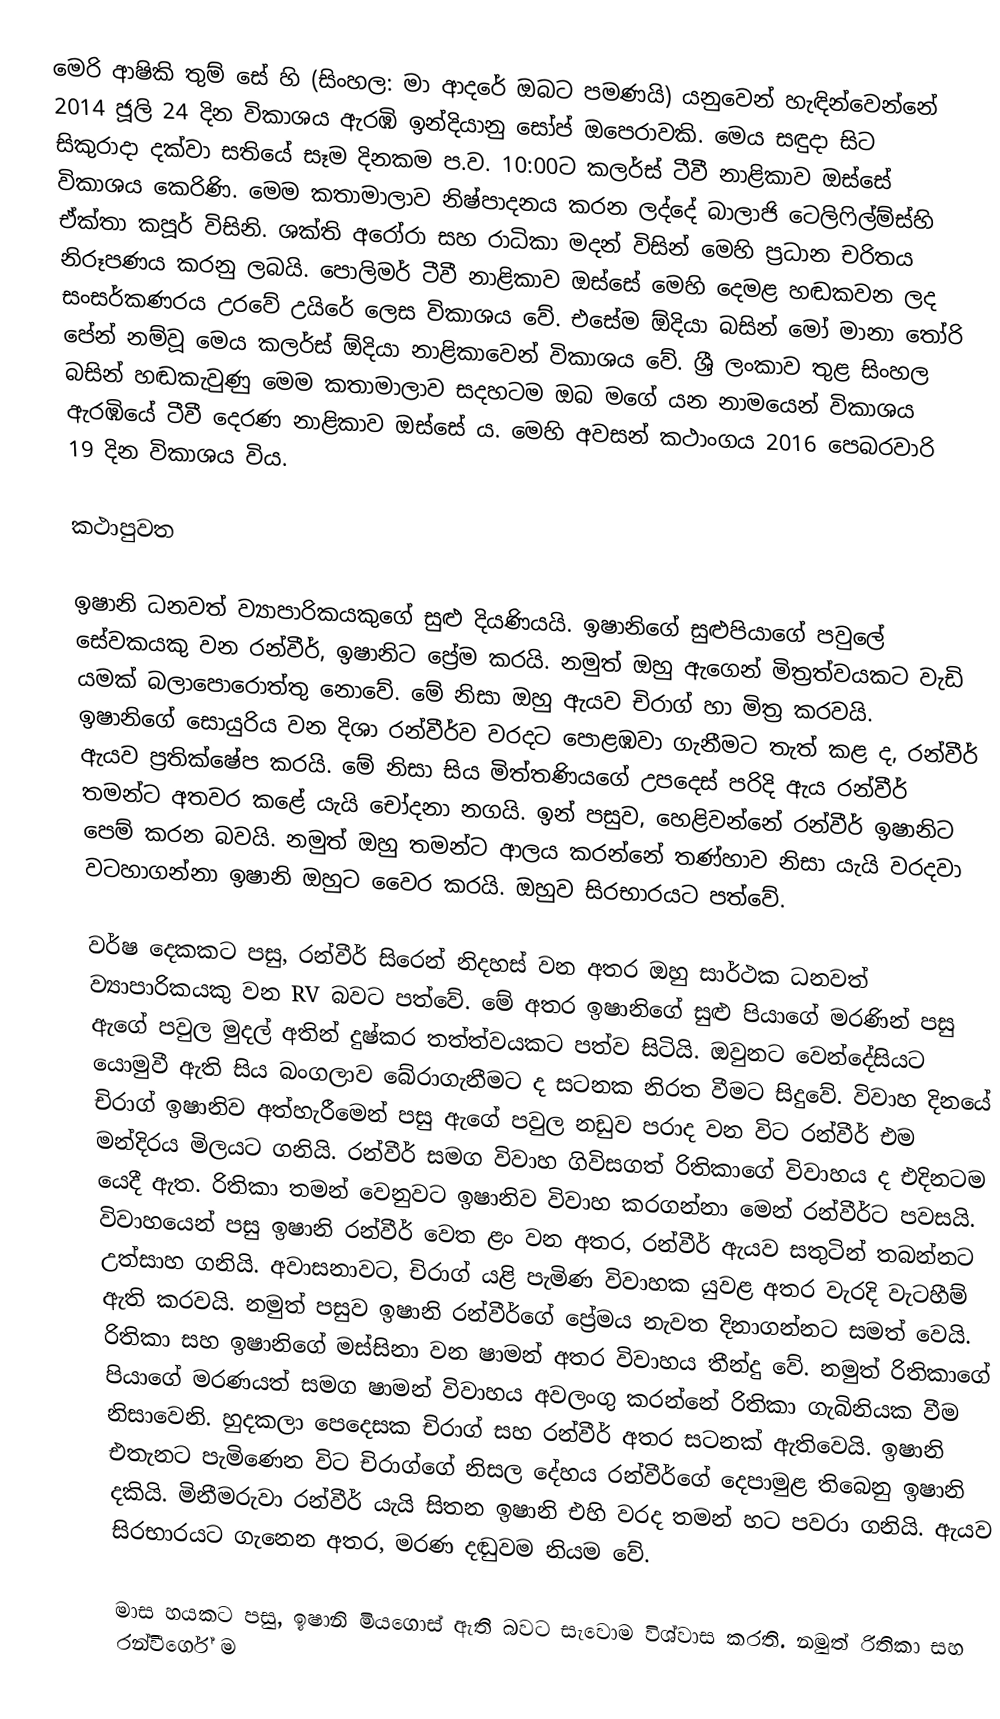
මෙරි ආෂිකි තුම් ‍සේ හි (සිංහල: මා ආදරේ ඔබට පමණයි) යනුවෙන් හැඳින්වෙන්නේ 2014 ජූලි 24 දින විකාශය ඇරඹි ඉන්දියානු සෝප් ඔපෙරාවකි. මෙය සඳුදා සිට සිකුරාදා දක්වා සතියේ සෑම දිනකම ප.ව. 10:00ට කලර්ස් ටීවී නාළිකාව ඔස්සේ විකාශය කෙරිණි. මෙම කතාමාලාව නිෂ්පාදනය කරන ලද්දේ බාලාජි ටෙලිෆිල්ම්ස්හි ඒක්තා කපූර් විසිනි. ශක්ති අරෝරා සහ රාධිකා මදන් විසින් මෙහි ප්‍රධාන චරිතය නිරූපණය කරනු ලබයි. පොලිමර් ටීවී නාළිකාව ඔස්සේ මෙහි දෙමළ හඬකවන ලද සංසර්කණරය උරවේ උයිරේ ලෙස විකාශය වේ‍. එසේම ඕදියා බසින් මෝ මානා තෝරි පේන් නම්වූ මෙය කලර්ස් ඕදියා නාළිකාවෙන් විකාශය වේ. ශ්‍රී ලංකාව තුළ සිංහල බසින් හඬකැවුණු මෙම කතාමාලාව සදහටම ඔබ මගේ යන නාමයෙන් විකාශය ඇරඹියේ ටීවී දෙරණ නාළිකාව ඔස්සේ ය. මෙහි අවසන් කථාංගය 2016 පෙබරවාරි 19 දින විකාශය විය.

කථාපුවත

ඉෂානි ධනවත් ව්‍යාපාරිකයකුගේ සුළු දියණියයි. ඉෂානිගේ සුළුපියාගේ පවුලේ සේවකයකු වන රන්වීර්, ඉෂානිට ප්‍රේම කරයි. නමුත් ඔහු ඇගෙන් මිත්‍රත්වයකට වැඩි යමක් බලාපොරොත්තු නොවේ. මේ නිසා ඔහු ඇයව චිරාග් හා මිත්‍ර කරවයි. ඉෂානිගේ සොයුරිය වන දිශා රන්වීර්ව වරදට පොළඹවා ගැනීමට තැත් කළ ද, රන්වීර් ඇයව ප්‍රතික්ෂේප කරයි. මේ නිසා සිය මිත්තණියගේ උපදෙස් පරිදි ඇය රන්වීර් තමන්ට අතවර කළේ යැයි චෝදනා නගයි. ඉන් පසුව, හෙළිවන්නේ රන්වීර් ඉෂානිට පෙම් කරන බවයි. නමුත් ඔහු තමන්ට ආලය කරන්නේ තණ්හාව නිසා යැයි වරදවා වටහාගන්නා ඉෂානි ඔහුට වෛර කරයි. ඔහුව සිරභාරයට පත්වේ.

වර්ෂ දෙකකට පසු, රන්වීර් සිරෙන් නිදහස් වන අතර ඔහු සාර්ථක ධනවත් ව්‍යාපාරිකයකු වන RV බවට පත්වේ. මේ අතර ඉෂානිගේ සුළු පියාගේ මරණින් පසු ඇගේ පවුල මුදල් අතින් දුෂ්කර තත්ත්වයකට පත්ව සිටියි. ඔවුනට වෙන්දේසියට යොමුවී ඇති සිය බංගලාව බේරාගැනීමට ද සටනක නිරත වීමට සිදුවේ. විවාහ දිනයේ චිරාග් ඉෂානිව අත්හැරීමෙන් පසු ඇගේ පවුල නඩුව පරාද වන විට රන්වීර් එම මන්දිරය මිලයට ගනියි. රන්වීර් සමග විවාහ ගිවිසගත් රිතිකාගේ විවාහය ද එදිනටම යෙදී ඇත. රිතිකා තමන් වෙනුවට ඉෂානිව විවාහ කරගන්නා මෙන් රන්වීර්ට පවසයි. විවාහයෙන් පසු ඉෂානි රන්වීර් වෙත ළං වන අතර, රන්වීර් ඇයව සතුටින් තබන්නට උත්සාහ ගනියි. අවාසනාවට, චිරාග් යළි පැමිණ විවාහක යුවළ අතර වැරදි වැටහීම් ඇති කරවයි. නමුත් පසුව ඉෂානි රන්වීර්ගේ ප්‍රේමය නැවත දිනාගන්නට සමත් වෙයි. රිතිකා සහ ඉෂානිගේ මස්සිනා වන ෂාමන් අතර විවාහය තීන්දු වේ. නමුත් රිතිකාගේ පියාගේ මරණයත් සමග ෂාමන් විවාහය අවලංගු කරන්නේ රිතිකා ගැබිනියක වීම නිසාවෙනි. හුදකලා පෙදෙසක චිරාග් සහ රන්වීර් අතර සටනක් ඇතිවෙයි. ඉෂානි එතැනට පැමිණෙන විට චිරා‍ග්ගේ නිසල දේහය රන්වීර්ගේ දෙපාමුළ තිබෙනු ඉෂානි දකියි. මිනීමරුවා රන්වීර් යැයි සිතන ඉෂානි එහි වරද තමන් හට පවරා ගනියි. ඇයව සිරභාරයට ගැනෙන අතර, මරණ දඬුවම නියම වේ.

මාස හයකට පසු, ඉෂානි මියගොස් ඇති බවට සැවොම විශ්වාස කරති. නමුත් රිතිකා සහ රන්වීර්ගේ ම